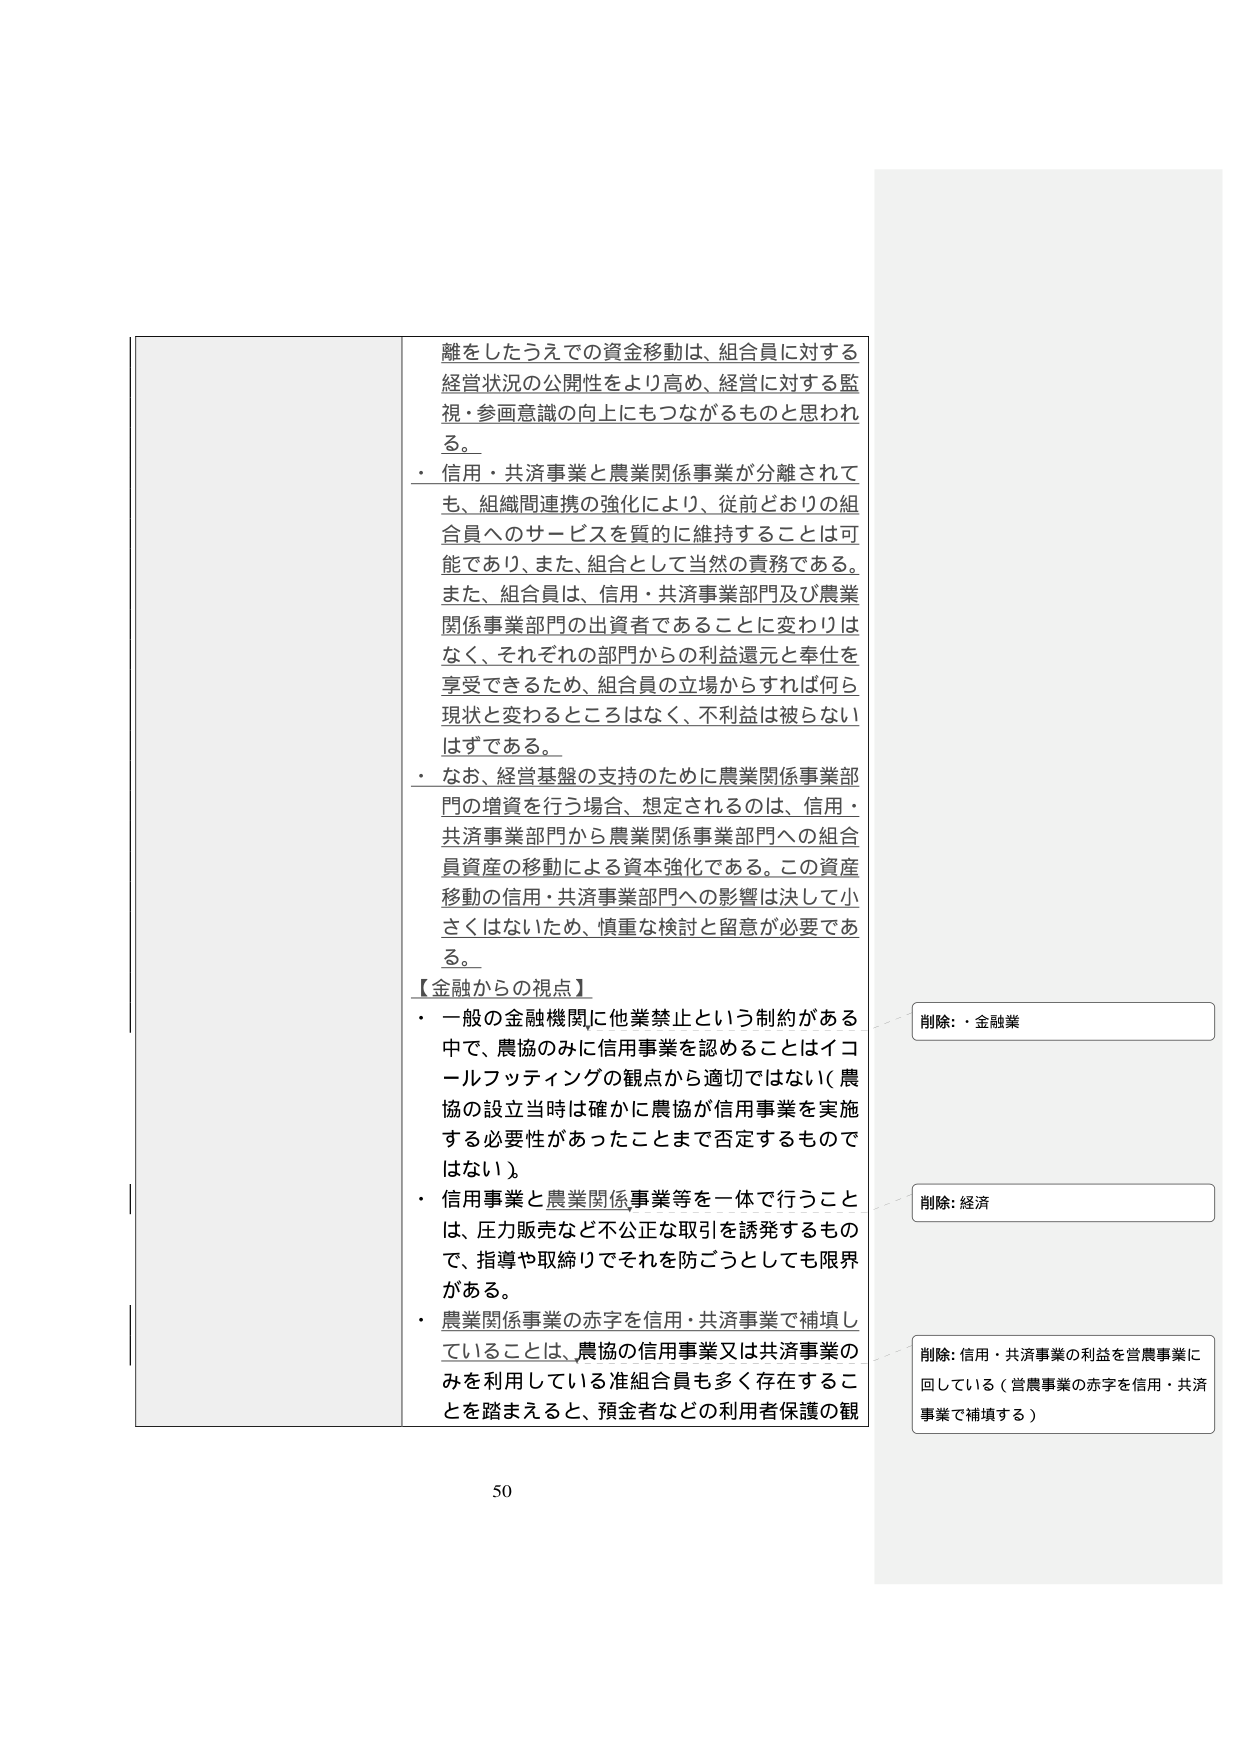
離をしたうえでの資金移動は、組合員に対する経営状況の公開性をより高め、経営に対する監視・参画意識の向上にもつながるものと思われる。

・ 信用・共済事業と農業関係事業が分離されても、組織間連携の強化により、従前どおりの組合員へのサービスを質的に維持することは可能であり、また、組合として当然の責務である。また、組合員は、信用・共済事業部門及び農業関係事業部門の出資者であることに変わりはなく、それぞれの部門からの利益還元と奉仕を享受できるため、組合員の立場からすれば何ら現状と変わるところはなく、不利益は被らないはずである。

・ なお、経営基盤の支持のために農業関係事業部門の増資を行う場合、想定されるのは、信用・共済事業部門から農業関係事業部門への組合員資産の移動による資本強化である。この資産移動の信用・共済事業部門への影響は決して小さくはないため、慎重な検討と留意が必要である。

【金融からの視点】

・ 一般の金融機関に他業禁止という制約がある中で、農協のみに信用事業を認めることはイコールフッティングの観点から適切ではない（農協の設立当時は確かに農協が信用事業を実施する必要性があったことまで否定するものではない）。

・ 信用事業と農業関係事業等を一体で行うことは、圧力販売など不公正な取引を誘発するもので、指導や取締りでそれを防ごうとしても限界がある。

・ 農業関係事業の赤字を信用・共済事業で補填していることは、農協の信用事業又は共済事業のみを利用している准組合員も多く存在することを踏まえると、預金者などの利用者保護の観

削除：・金融業

削除：経済

削除：信用・共済事業の利益を営農事業に回している（営農事業の赤字を信用・共済事業で補填する）

50